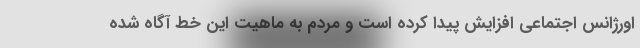
اورژانس اجتماعی افزایش پیدا کرده است و مردم به ماهیت این خط آگاه شده